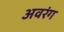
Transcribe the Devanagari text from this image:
अवरंग